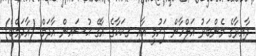
ދާއިރާގެ މެންބަރު އަލްހާން ފަހުމީ އާއި ގ.ކަކާގެ އާގޭ ޙުސައިން އާދަމް (އާދަމްބެ)